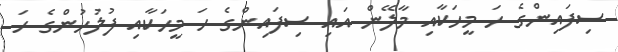
ސިފައިންގެ ހަ މީހަކާއި މާލޭން އައި ސިފައިންގެ ހަ މީހަކާއި ފުލުހުންގެ ހަ